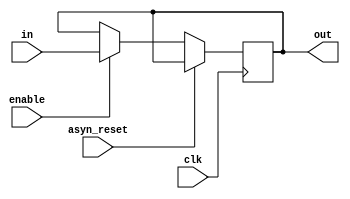
module D_FF(
in,
out,
clk,
enable,
asyn_reset
);
parameter width = 2;
parameter delay = 1;


input clk;
input [width-1 :0] in;
input enable;
input asyn_reset;
output [width-1 :0] out;

reg [width-1:0] d_reg [delay:0];
genvar i;
genvar j;

always @ (*) begin
	d_reg[0] = in;
end

assign out = d_reg[delay];


generate 
	for (i = 0; i < delay; i = i+1) begin: D_FF_CHAIN
		initial begin
			d_reg[i] <= 0;
			d_reg[delay] <= 0;
		end

		always @ (posedge clk or posedge asyn_reset) begin
			if (asyn_reset) begin
			end
			else begin
				if (enable) begin
					d_reg[i+1] <= d_reg[i];
				end
			end
		end
	end	
endgenerate

endmodule